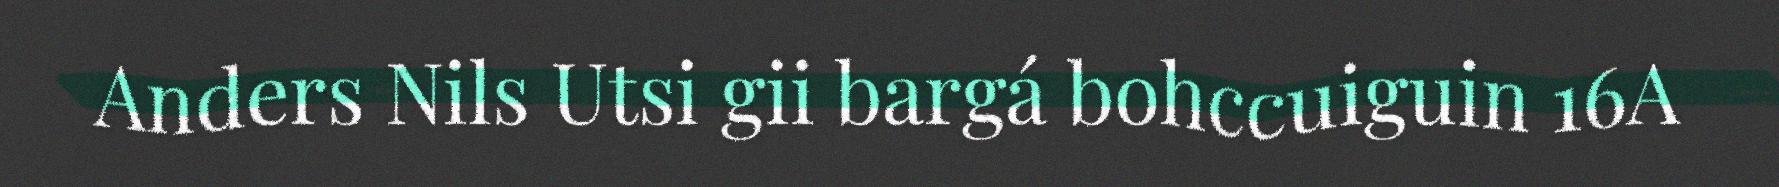
Anders Nils Utsi gii bargá bohccuiguin 16A